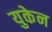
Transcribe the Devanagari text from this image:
युकेन